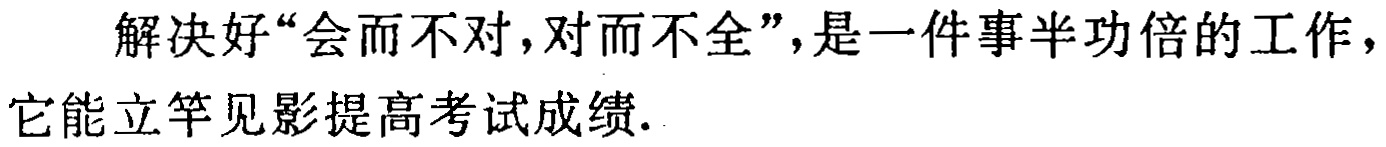
解决好“会而不对,对而不全”，是一件事半功倍的工作，它能立竿见影提高考试成绩.